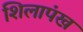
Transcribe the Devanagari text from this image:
शिलापंख